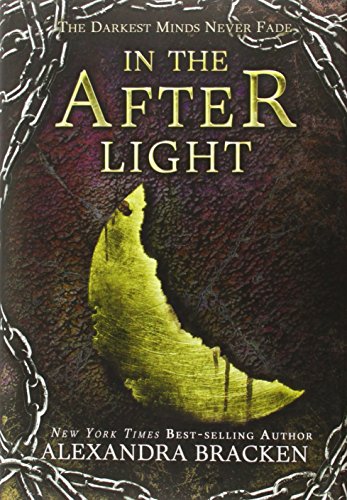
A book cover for In the Afterlight (A Darkest Minds Novel); Alexandra Bracken; Teen & Young Adult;